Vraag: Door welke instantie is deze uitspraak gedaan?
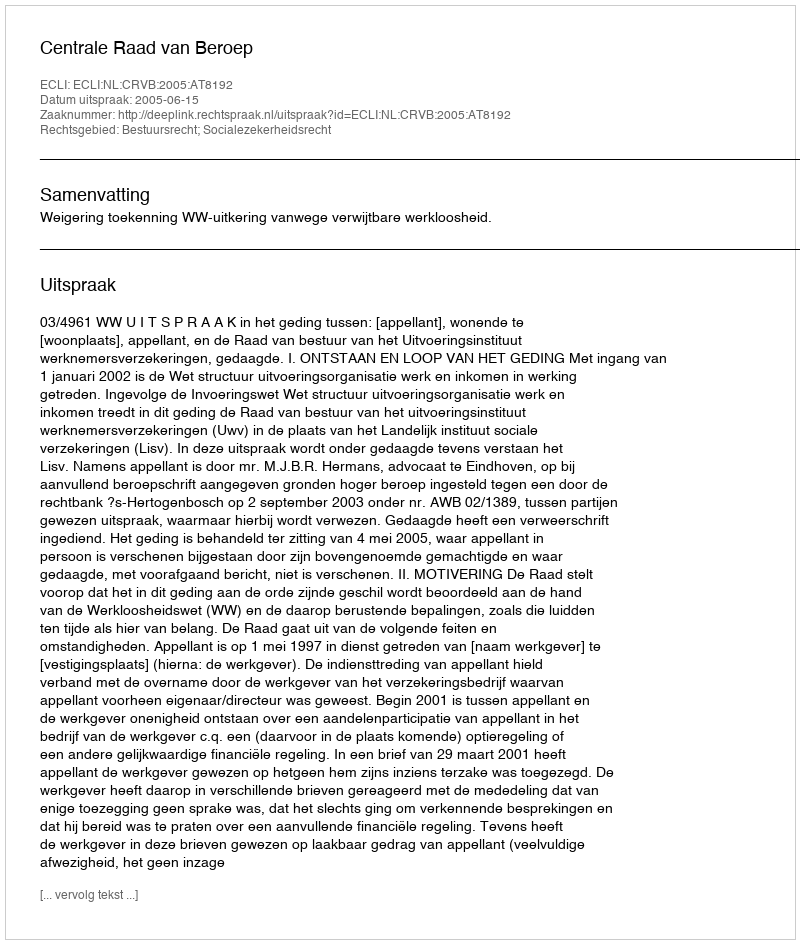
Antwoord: Centrale Raad van Beroep